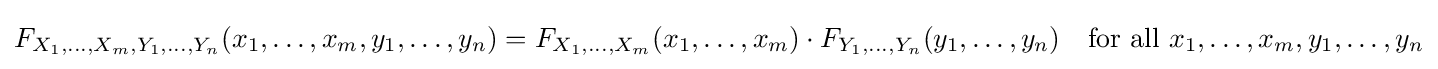
F_{X_{1},\ldots ,X_{m},Y_{1},\ldots ,Y_{n}}(x_{1},\ldots ,x_{m},y_{1},\ldots ,y_{n})=F_{X_{1},\ldots ,X_{m}}(x_{1},\ldots ,x_{m})\cdot F_{Y_{1},\ldots ,Y_{n}}(y_{1},\ldots ,y_{n})\quad {\text{for all }}x_{1},\ldots ,x_{m},y_{1},\ldots ,y_{n}